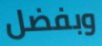
وبفضل